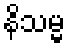
နိသမ္မ